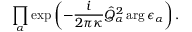
\prod _ { \alpha } \exp \left( - \frac { i } { 2 \pi \kappa } \hat { Q } _ { \alpha } ^ { 2 } \arg \epsilon _ { \alpha } \right) .